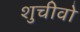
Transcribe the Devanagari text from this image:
शुचीवो